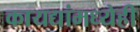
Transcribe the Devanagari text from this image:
कायद्यांमध्येही